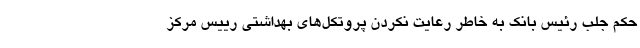
حکم جلب رئیس بانک به خاطر رعایت نکردن پروتکل‌های بهداشتی رییس‌ مرکز